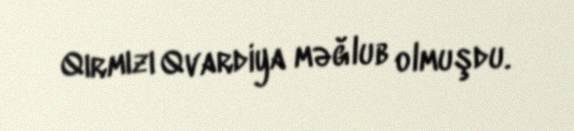
Qırmızı Qvardiya məğlub olmuşdu.